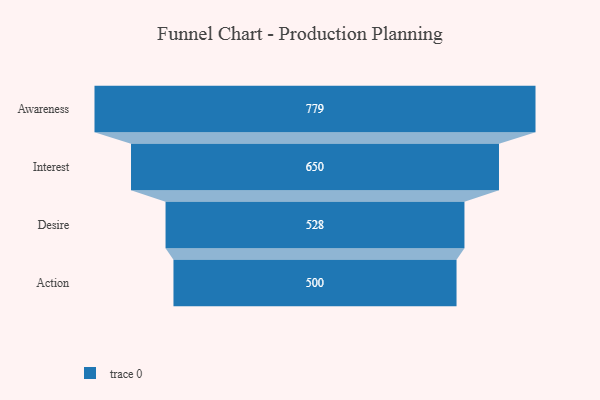
{"axis": {"x": "Stage", "y": "Value"}, "legend": [""], "data": [{"x": "Awareness", "y": 779.0, "type": ""}, {"x": "Interest", "y": 650.0, "type": ""}, {"x": "Desire", "y": 528.0, "type": ""}, {"x": "Action", "y": 500, "type": ""}]}